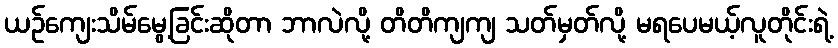
ယဉ်ကျေးသိမ်မွေ့ခြင်းဆိုတာ ဘာလဲလို့ တိတိကျကျ သတ်မှတ်လို့ မရပေမယ့်လူတိုင်းရဲ့